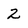
Character: 2